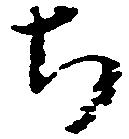
ち